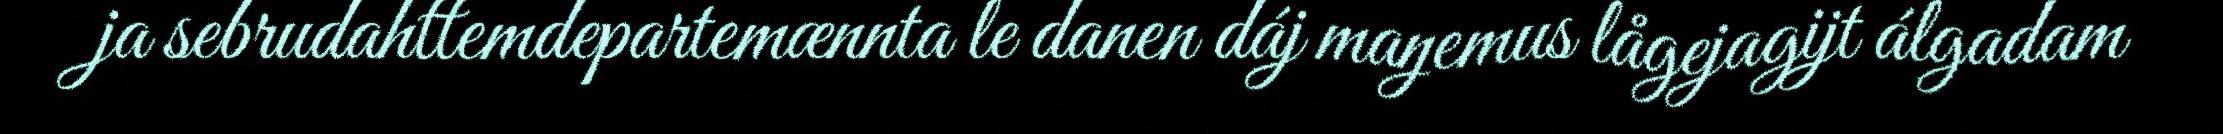
ja sebrudahttemdepartemænnta le danen dáj maŋemus lågejagijt álgadam